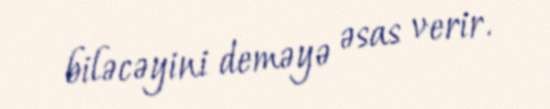
biləcəyini deməyə əsas verir.